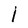
Character: I